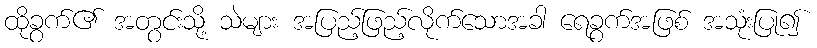
ထိုခွက်၏ အတွင်းသို့ သဲများ အပြည့်ဖြည့်လိုက်သောအခါ ရေခွက်အဖြစ် အသုံးပြု၍